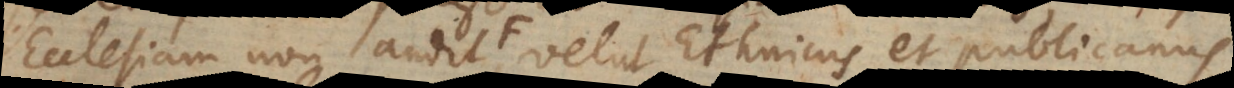
potest non servat, velut Ethnicus et publicanus